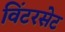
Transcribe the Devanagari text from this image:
विंटरसेट